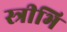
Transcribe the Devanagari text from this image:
स्त्रीभि